Indian journal of veterinary science and animal husbandry - Volumes 28-29, 1958-1959
Year: 1958
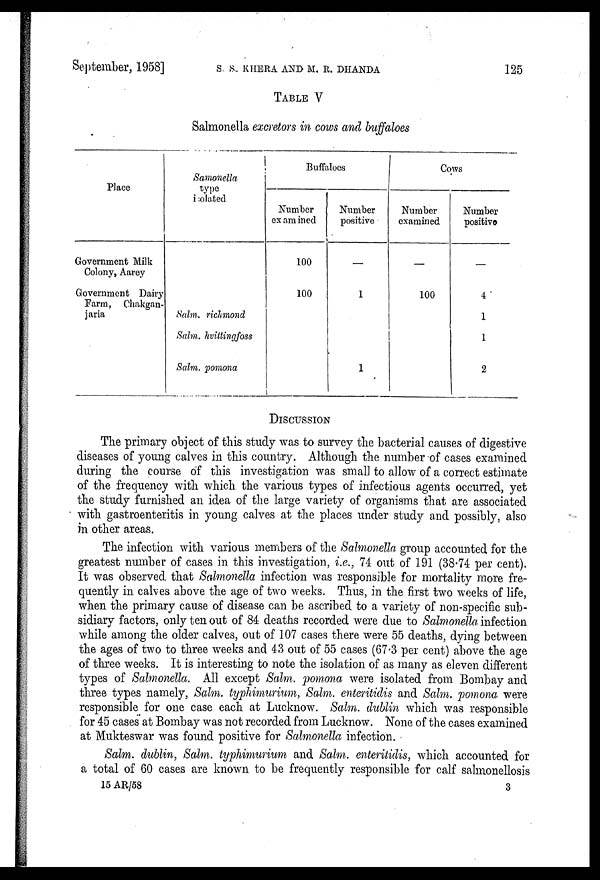
September, 1958] S. S. KHERA AND M. R. DHANDA 125
TABLE V
Salmonella exeretors in cows and buffaloes
Place
Government Milk
Colony, Aarey
Government Dairy
Farm, Chakgan-
jaria
Samonella
type
i olated
Salm. richmond
Salm. hvittingfoss
Salm. pomona
Buffaloes
Number
ex am ined
100
100
Number
positive
1
1
Cows
Number
examined
100
Number
positive
4
1
1
2
DISCUSSION
The primary object of this study was to survey the bacterial causes of digestive
diseases of young calves in this country. Although the number of cases examined
during the course of this investigation was small to allow of a correct estimate
of the frequency with which the various types of infectious agents occurred, yet
the study furnished an idea of the large variety of organisms that are associated
with gastroenteritis in young calves at the places under study and possibly, also
in other areas.
The infection with various members of the Salmonella group accounted for the
greatest number of cases in this investigation, i.e., 74 out of 191 (38.74 per cent).
It was observed that Salmonella infection was responsible for mortality more fre-
quently in calves above the age of two weeks. Thus, in the first two weeks of life,
when the primary cause of disease can be ascribed to a variety of non-specific sub-
sidiary factors, only ten out of 84 deaths recorded were due to Salmonella infection
while among the older calves, out of 107 cases there were 55 deaths, dying between
the ages of two to three weeks and 43 out of 55 cases (67.3 per cent) above the age
of three weeks. It is interesting to note the isolation of as many as eleven different
types of Salmonella. All except Salm. pomona were isolated from Bombay and
three types namely, Salm. typhimurium, Salm. enteritidis and Salm. pomona were
responsible for one case each at Lucknow. Salm. dublin which was responsible
for 45 cases at Bombay was not recorded from Lucknow. None of the cases examined
at Mukteswar was found positive for Salmonella infection.
Salm. dublin, Salm. typhimurium and Salm. enteritidis, which accounted for
a total of 60 cases are known to be frequently responsible for calf salmonellosis
15 AR/58
3